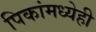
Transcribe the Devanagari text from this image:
पिकांमध्येही